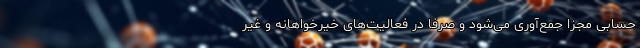
حسابی مجزا جمع‌آوری می‌شود و صرفاً در فعالیت‌های خیرخواهانه و غیر